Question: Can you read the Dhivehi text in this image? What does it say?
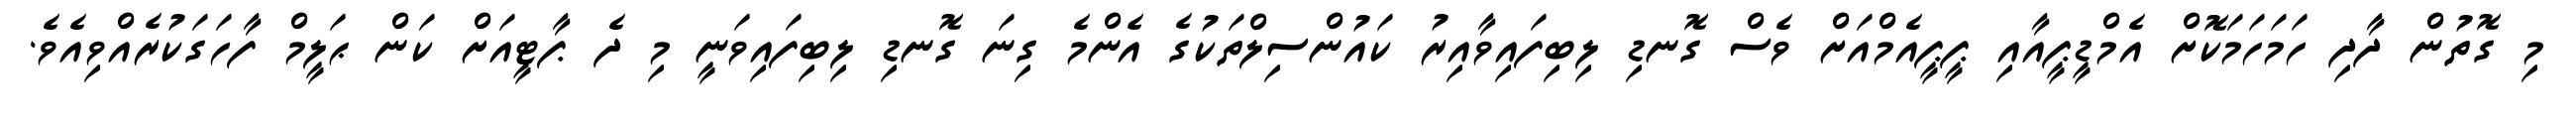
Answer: މި ގޮތުން ދާދި ހަމަހަމަކޮށް އެމްޑީޕީއާއި ޕީޕީއެމްއަށް ވެސް ގޮނޑި ލިބިފައިވާއިރު ކައުންސިލްތަކުގެ އެންމެ ގިނަ ގޮނޑި ލިބިފައިވަނީ މި ދެ ޕާޓީއަށް ކަން ޙަލީމް ފާހަގަކުރެއްވިއެވެ.